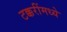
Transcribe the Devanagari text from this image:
टक्करींमध्ये